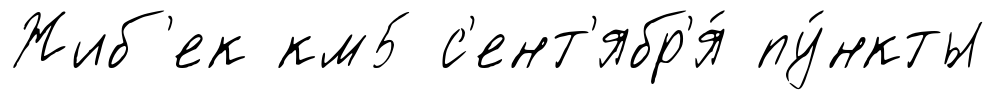
Жиб'ек км5 с'ент'ябр'я́ пу́нкты